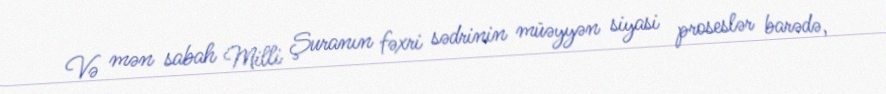
Və mən sabah Milli Şuranın fəxri sədrinin müəyyən siyasi proseslər barədə,